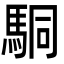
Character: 駧